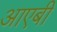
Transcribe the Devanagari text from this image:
आएबी